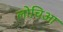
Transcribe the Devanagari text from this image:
लोचिआ